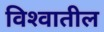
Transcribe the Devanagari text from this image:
विश्‍वातील